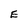
Character: E